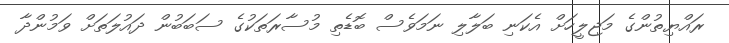
ރައްޔިތުންގެ މަޖިލީހަށް އެކަނި ބަލާލި ނަމަވެސް ބޮޑެތި މުސާރަތަކުގެ ސަބަބުން ދައުލަތަށް ވަމުންދާ